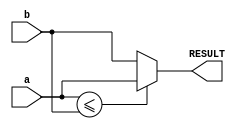
module foo_6(a, b, RESULT);
   input	signed [31:0]	a;
   input	signed [31:0]	b;
   output [31:0] RESULT;
   wire			 lessThanEqualTo;
   wire [31:0]		 mux;
   assign		 lessThanEqualTo=a<=b;
   assign		 mux=(lessThanEqualTo)?a:b;
   assign		 RESULT=mux;
endmodule